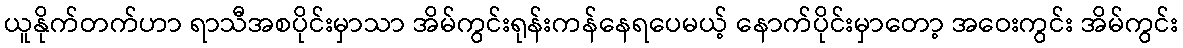
ယူနိုက်တက်ဟာ ရာသီအစပိုင်းမှာသာ အိမ်ကွင်းရုန်းကန်နေရပေမယ့် နောက်ပိုင်းမှာတော့ အဝေးကွင်း အိမ်ကွင်း